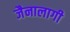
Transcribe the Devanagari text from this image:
जैनालागी